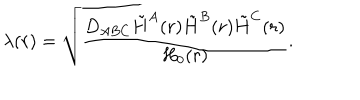
LaTeX: \lambda ( r ) = \sqrt { { \frac { D _ { A B C } \tilde { H } ^ { A } ( r ) \tilde { H } ^ { B } ( r ) \tilde { H } ^ { C } ( r ) } { H _ { 0 } ( r ) } } } .